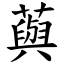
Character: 藇